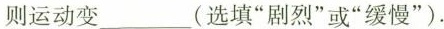
则运动变___(选填”剧烈”或”缓慢”).